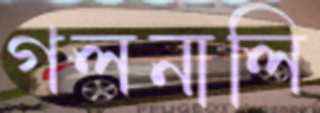
গলনালি